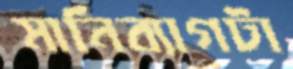
মানিব্যাগটা